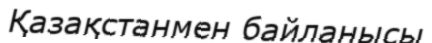
Қазақстанмен байланысы